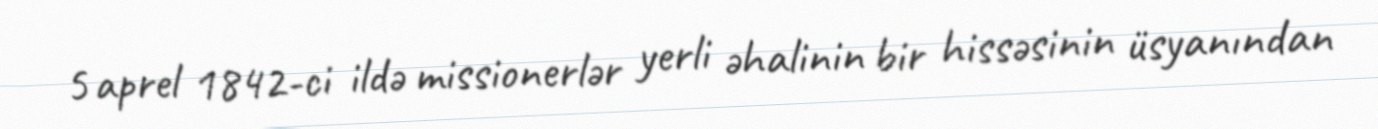
5 aprel 1842-ci ildə missionerlər yerli əhalinin bir hissəsinin üsyanından